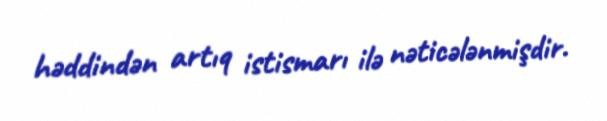
həddindən artıq istismarı ilə nəticələnmişdir.